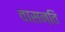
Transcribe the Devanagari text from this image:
वासन्ति